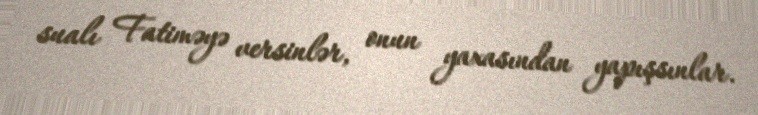
sualı Fatiməyə versinlər, onun yaxasından yapışsınlar.